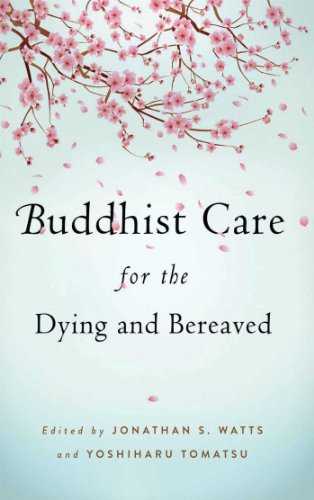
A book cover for Buddhist Care for the Dying and Bereaved; Self-Help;